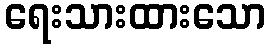
ရေးသားထားသော